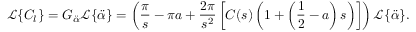
\mathcal { L } \{ C _ { l } \} = G _ { \ddot { \alpha } } \mathcal { L } \{ \ddot { \alpha } \} = \left( \frac { \pi } { s } - \pi a + \frac { 2 \pi } { s ^ { 2 } } \left[ C ( s ) \left( 1 + \left( \frac { 1 } { 2 } - a \right) s \right) \right] \right) \mathcal { L } \{ \ddot { \alpha } \} .